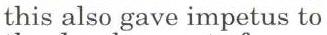
this also gave impetus to